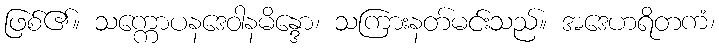
ဖြစ်၏။ သက္ကောပနဒေဝါနမိန္ဒော၊ သကြားနတ်မင်းသည်။ အဒေဟရိတကံ၊